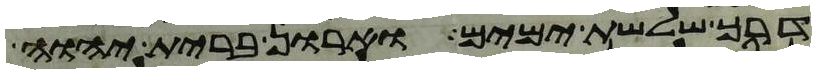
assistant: דרך שלשת ימים וארון ברית יהוה